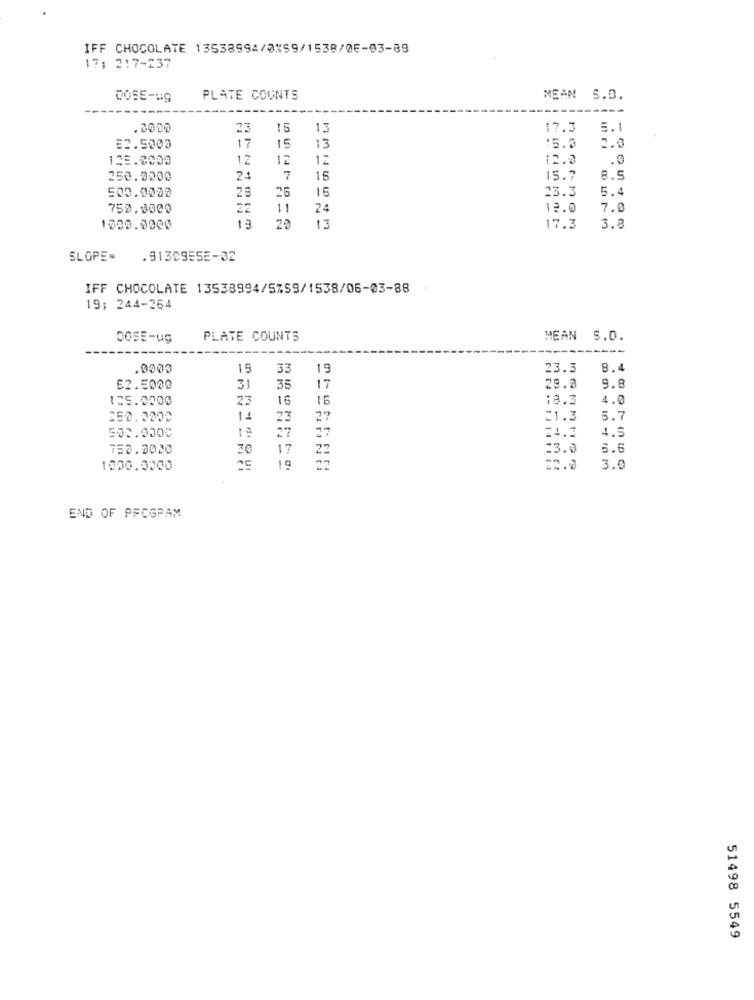
IFF CHOCOLATE 13538994/0159/1538/06-03-88
17: 2:7-237
DOSE-ug
PLATE COUNTS
MEAN S.D.
---
23
13
17.3
5.
17
15
82.5000
13
15.0
125.0000
12
12
12
12.3
.0
250.0000
24
7
15
15.7
8.5
500.0000
25
15
23.3
5.4
26
750.0000
22
1!
24
12.0
7.0
13
13
1000.0000
20
17.3
3.8
SLOPE-
.9130955E-02
IFF CHOCOLATE 13538994/5%59/1538/06-03-88
19; 244-264
DOSE-ug
PLATE COUNTS
MEAN S.D.
.0000
15
33
19
23.3
8.4
9.8
62.5000
31
35
17
29.0
125.2000
23
16
16
18.3
4.0
14
23
27
21.3
5.7
27
27
24.2
4.5
750.0000
30
17
22
=3.0
5.6
1000.0200
19
22
22.0
3.0
END OF PROGRAM
51498 5549